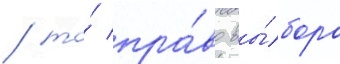
/ то́ пра́во вы́бора